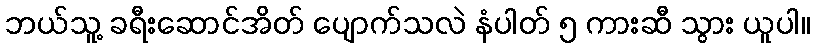
ဘယ်သူ့ ခရီးဆောင်အိတ် ပျောက်သလဲ နံပါတ် ၅ ကားဆီ သွား ယူပါ။